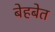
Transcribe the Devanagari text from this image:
बेहबेत